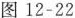
图12-22